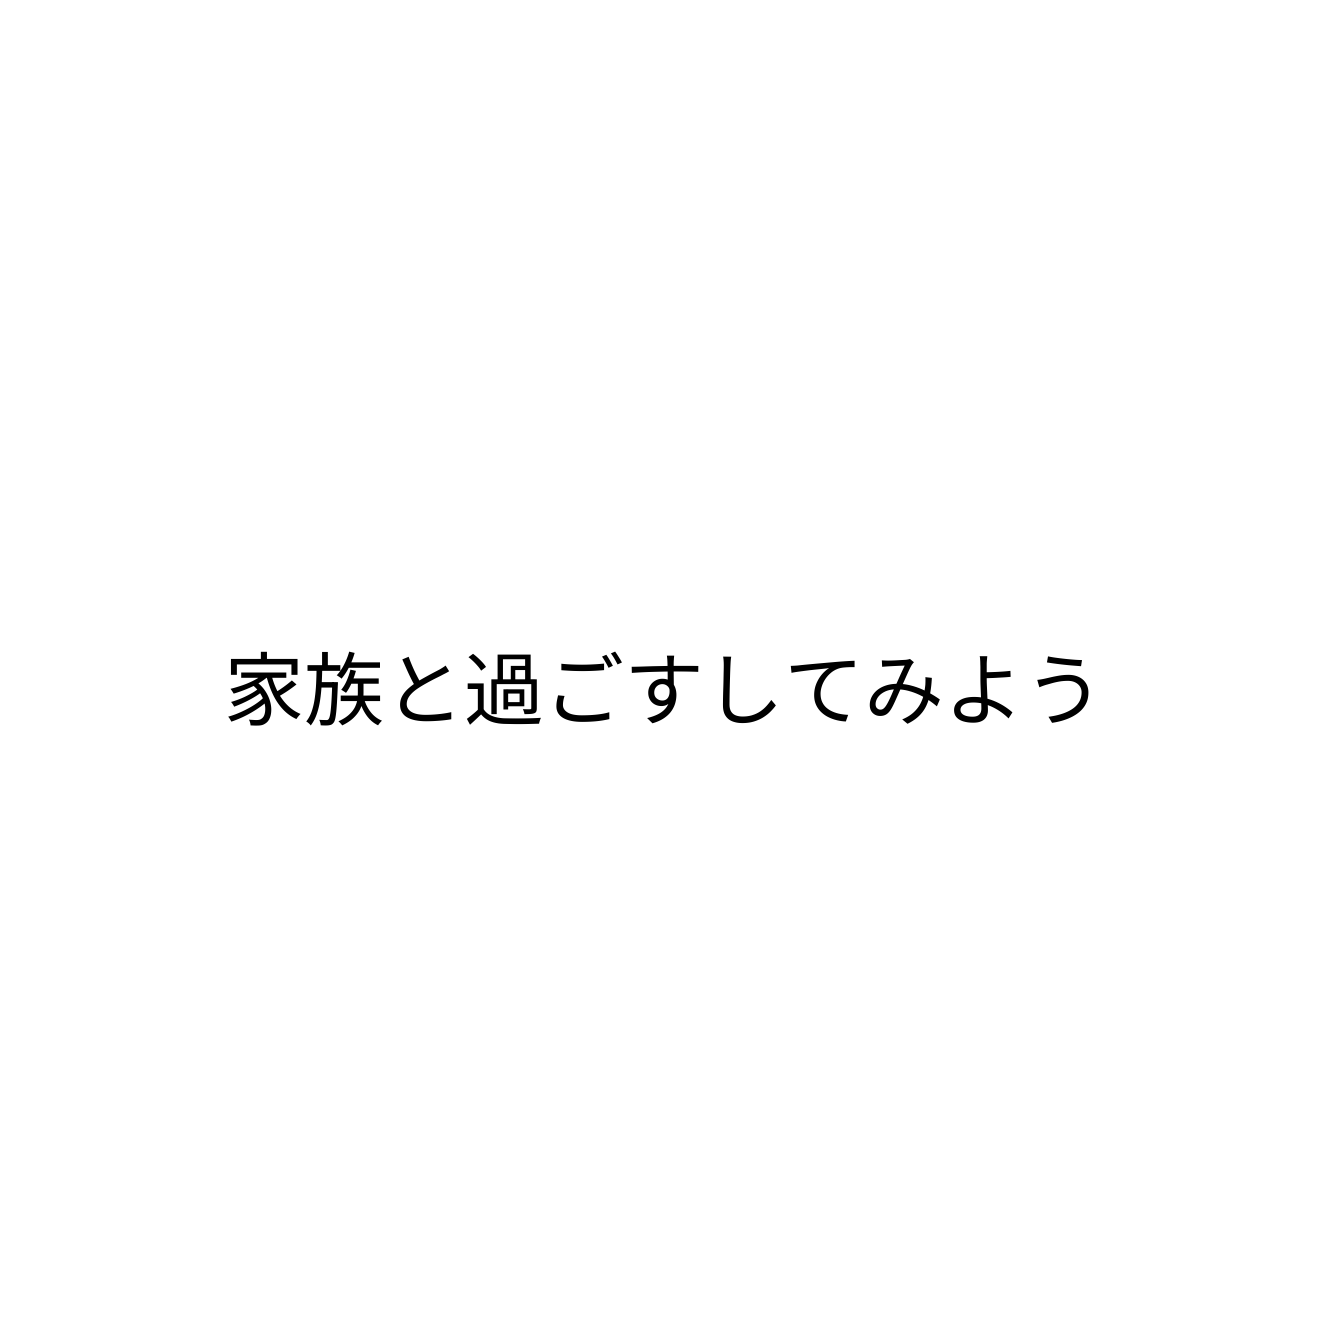
家族と過ごすしてみよう